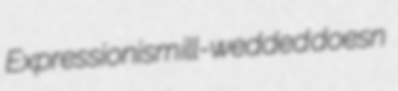
Expressionism ill-wedded doesn